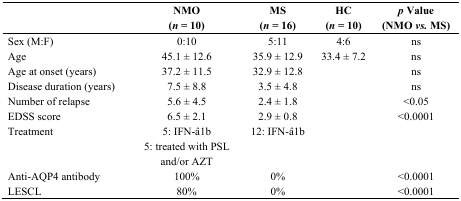
<table><thead><tr><td></td><td><b>NMO (<i>n</i> = 10)</b></td><td><b>MS (<i>n</i> = 16)</b></td><td><b>HC (<i>n</i> = 10)</b></td><td><b><i>p</i> Value (NMO <i>vs.</i> MS)</b></td></tr></thead><tbody><tr><td>Sex (M:F)</td><td>0:10</td><td>5:11</td><td>4:6</td><td>ns</td></tr><tr><td>Age</td><td>45.1 ± 12.6</td><td>35.9 ± 12.9</td><td>33.4 ± 7.2</td><td>ns</td></tr><tr><td>Age at onset (years)</td><td>37.2 ± 11.5</td><td>32.9 ± 12.8</td><td></td><td>ns</td></tr><tr><td>Disease duration (years)</td><td>7.5 ± 8.8</td><td>3.5 ± 4.8</td><td></td><td>ns</td></tr><tr><td>Number of relapse</td><td>5.6 ± 4.5</td><td>2.4 ± 1.8</td><td></td><td>&lt;0.05</td></tr><tr><td>EDSS score</td><td>6.5 ± 2.1</td><td>2.9 ± 0.8</td><td></td><td>&lt;0.0001</td></tr><tr><td>Treatment</td><td>5: IFN-â1b5: treated with PSL and/or AZT</td><td>12: IFN-â1b</td><td></td><td></td></tr><tr><td>Anti-AQP4 antibody</td><td>100%</td><td>0%</td><td></td><td>&lt;0.0001</td></tr><tr><td>LESCL</td><td>80%</td><td>0%</td><td></td><td>&lt;0.0001</td></tr></tbody></table>